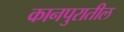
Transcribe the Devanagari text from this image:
कानपुरातील